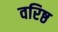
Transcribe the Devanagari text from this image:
वरिष्ठ